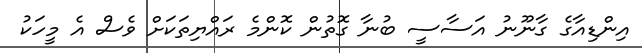
އިންޑިއާގެ ގާނޫނު އަސާސީ ބުނާ ގޮތުން ކޮންމެ ރައްޔިތަކަށް ވެސް އެ މީހަކު